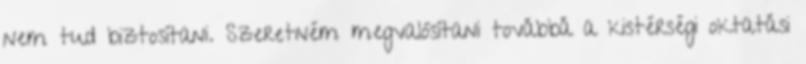
nem tud biztosítani. Szeretném megvalósítani továbbá a kistérségi oktatási